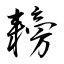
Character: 耪